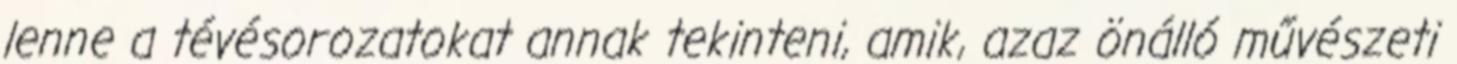
lenne a tévésorozatokat annak tekinteni, amik, azaz önálló művészeti